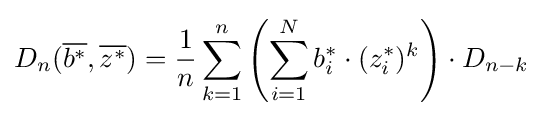
D_{n}({\overline {b^{*}}},{\overline {z^{*}}})={\frac {1}{n}}\sum _{k=1}^{n}\left(\sum _{i=1}^{N}b_{i}^{*}\cdot (z_{i}^{*})^{k}\right)\cdot D_{n-k}